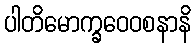
ပါတိမောက္ခဝေဝစနာနိ